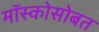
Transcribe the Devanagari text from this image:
मॉस्कोसोबत